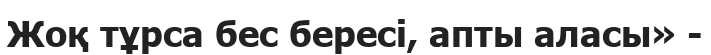
Жоқ тұрса бес бересі, апты аласы» -